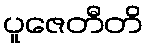
ပူဇေတီတိ